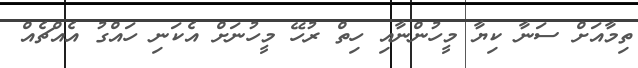
ތިމާއަށް ސަނާ ކިޔާ މީހުންނާއި ހިތް ރުހޭ މީހުނަށް އެކަނި ހައްގު އެއްޗެއް